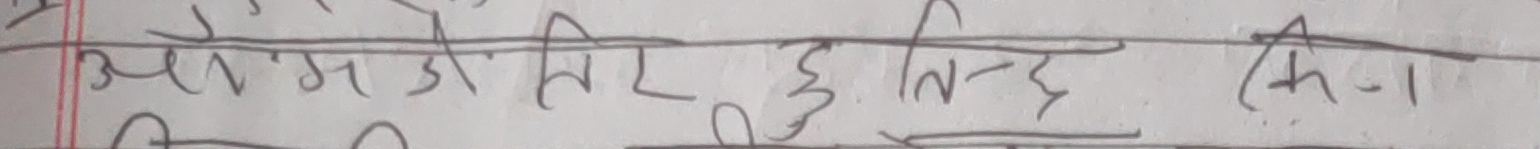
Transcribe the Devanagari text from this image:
अमजी लिए हु तिन्ह किन